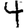
Digit: 4